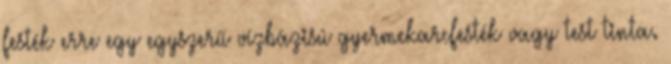
festék erre egy egyszerű vízbázisú gyermekarcfesték vagy test tinta.